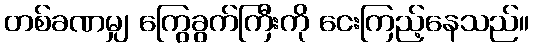
တစ်ခဏမျှ ကြွေခွက်ကြီးကို ငေးကြည့်နေသည်။